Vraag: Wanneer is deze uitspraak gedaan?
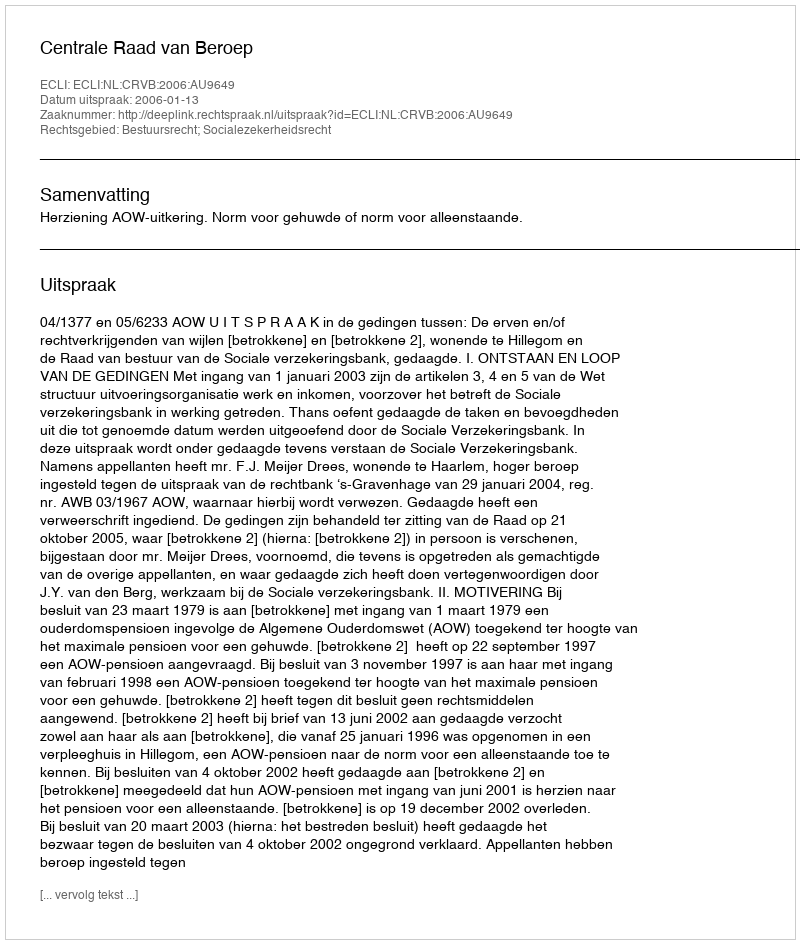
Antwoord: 2006-01-13